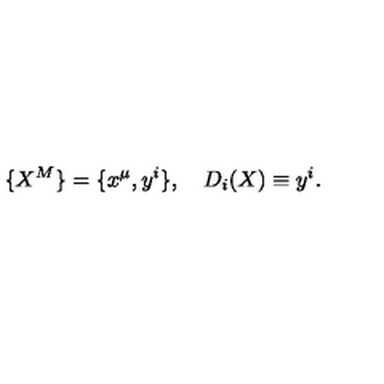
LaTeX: \{ X ^ { M } \} = \{ x ^ { \mu } , y ^ { i } \} , \quad D _ { i } ( X ) \equiv y ^ { i } .